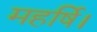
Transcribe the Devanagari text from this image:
महर्षि।